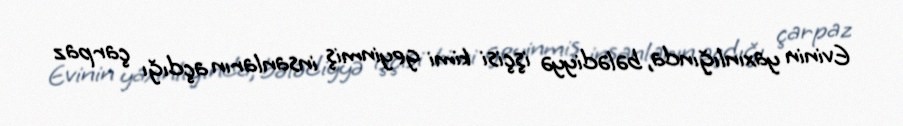
Evinin yaxınlığında, bələdiyyə işçisi kimi geyinmiş insanların açdığı çarpaz